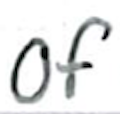
Text: of
Cross-out: clean
Writing tool: ballpoint